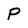
Character: P